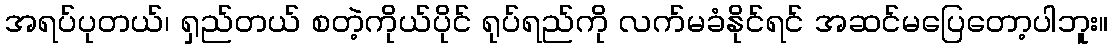
အရပ်ပုတယ်၊ ရှည်တယ် စတဲ့ကိုယ်ပိုင် ရုပ်ရည်ကို လက်မခံနိုင်ရင် အဆင်မပြေတော့ပါဘူး။